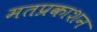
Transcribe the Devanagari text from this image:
मतप्रकाशन